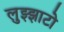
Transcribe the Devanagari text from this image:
लुझ्झाटो